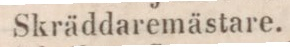
Skräddaremästare.